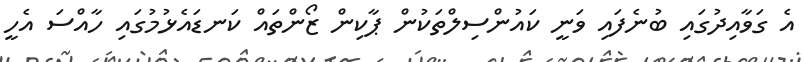
އެ ގަވާއިދުގައި ބުނެފައި ވަނީ ކައުންސިލްތަކުން ޕާކިން ޒޯންތައް ކަނޑައެޅުމުގައި ހާއްސަ އެހީ